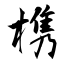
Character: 槜